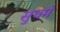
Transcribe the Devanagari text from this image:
सुधर्म